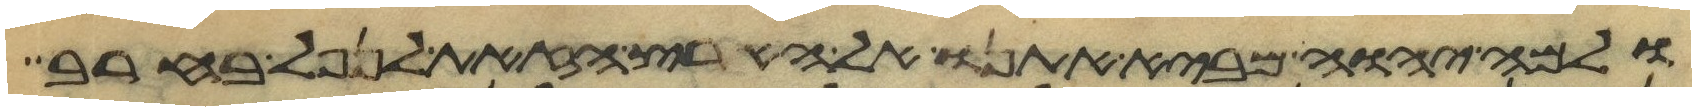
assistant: ולמה יהוה מביא אתנו אל הארץ הזאת לנפל בחרב